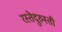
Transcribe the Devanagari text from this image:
रस्तेदुरुस्ती